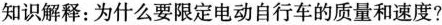
知识解释：为什么要限定电动自行车的质量和速度?